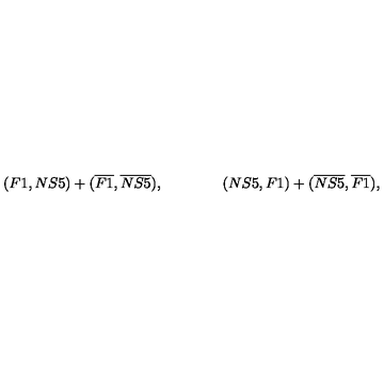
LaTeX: ( F 1 , N S 5 ) + ( \overline { { F 1 } } , \overline { { N S 5 } } ) , \qquad \qquad ( N S 5 , F 1 ) + ( \overline { { N S 5 } } , \overline { { F 1 } } ) ,